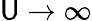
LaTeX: \mathsf{U}\rightarrow\infty